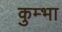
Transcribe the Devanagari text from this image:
कुम्‍भा